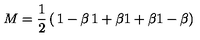
M = { \frac { 1 } { 2 } } \left( \begin{matrix} { 1 - \beta } & { 1 + \beta } \\ { 1 + \beta } & { 1 - \beta } \\ \end{matrix} \right)